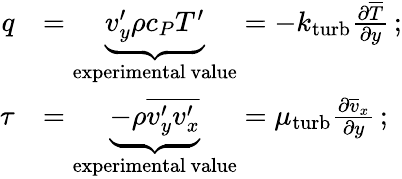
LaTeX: {\begin{array}{rl}{q}&{=\underbrace{v_{y}^{\prime}\rho c_{P}T^{\prime}}_{\mathrm{experimental~value}}=-k_{\mathrm{turb}}{\frac{\partial{\overline{{T}}}}{\partial y}}\, ;}\\ {\tau}&{=\underbrace{-\rho{\overline{{v_{y}^{\prime}v_{x}^{\prime}}}}}_{\mathrm{experimental~value}}=\mu_{\mathrm{turb}}{\frac{\partial{\overline{{v}}}_{x}}{\partial y}}\, ;}\end{array}}